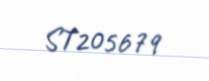
ST205679